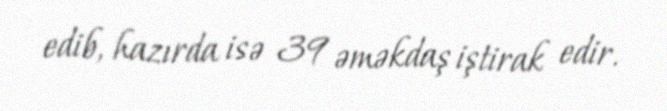
edib, hazırda isə 39 əməkdaş iştirak edir.